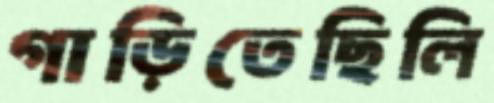
গাড়িতেছিলি